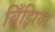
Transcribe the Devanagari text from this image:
बिँझिया